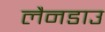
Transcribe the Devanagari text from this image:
लैनडाउ